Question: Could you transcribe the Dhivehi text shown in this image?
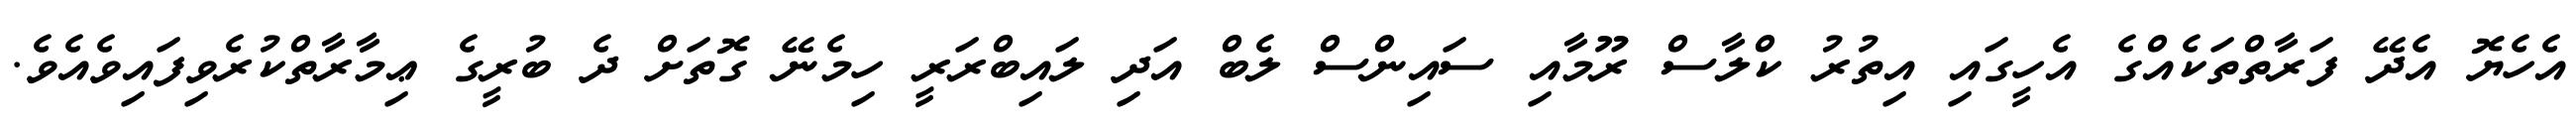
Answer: އެހެޔޮ އެދޭ ފަރާތްތަކެއްގެ އެހީގައި އިތުރު ކްލާސް ރޫމާއި ސައިންސް ލެބް އަދި ލައިބްރަރީ ހިމެނޭ ގޮތަށް ދެ ބުރީގެ ޢިމާރާތްކުރެވިފައިވެއެވެ.